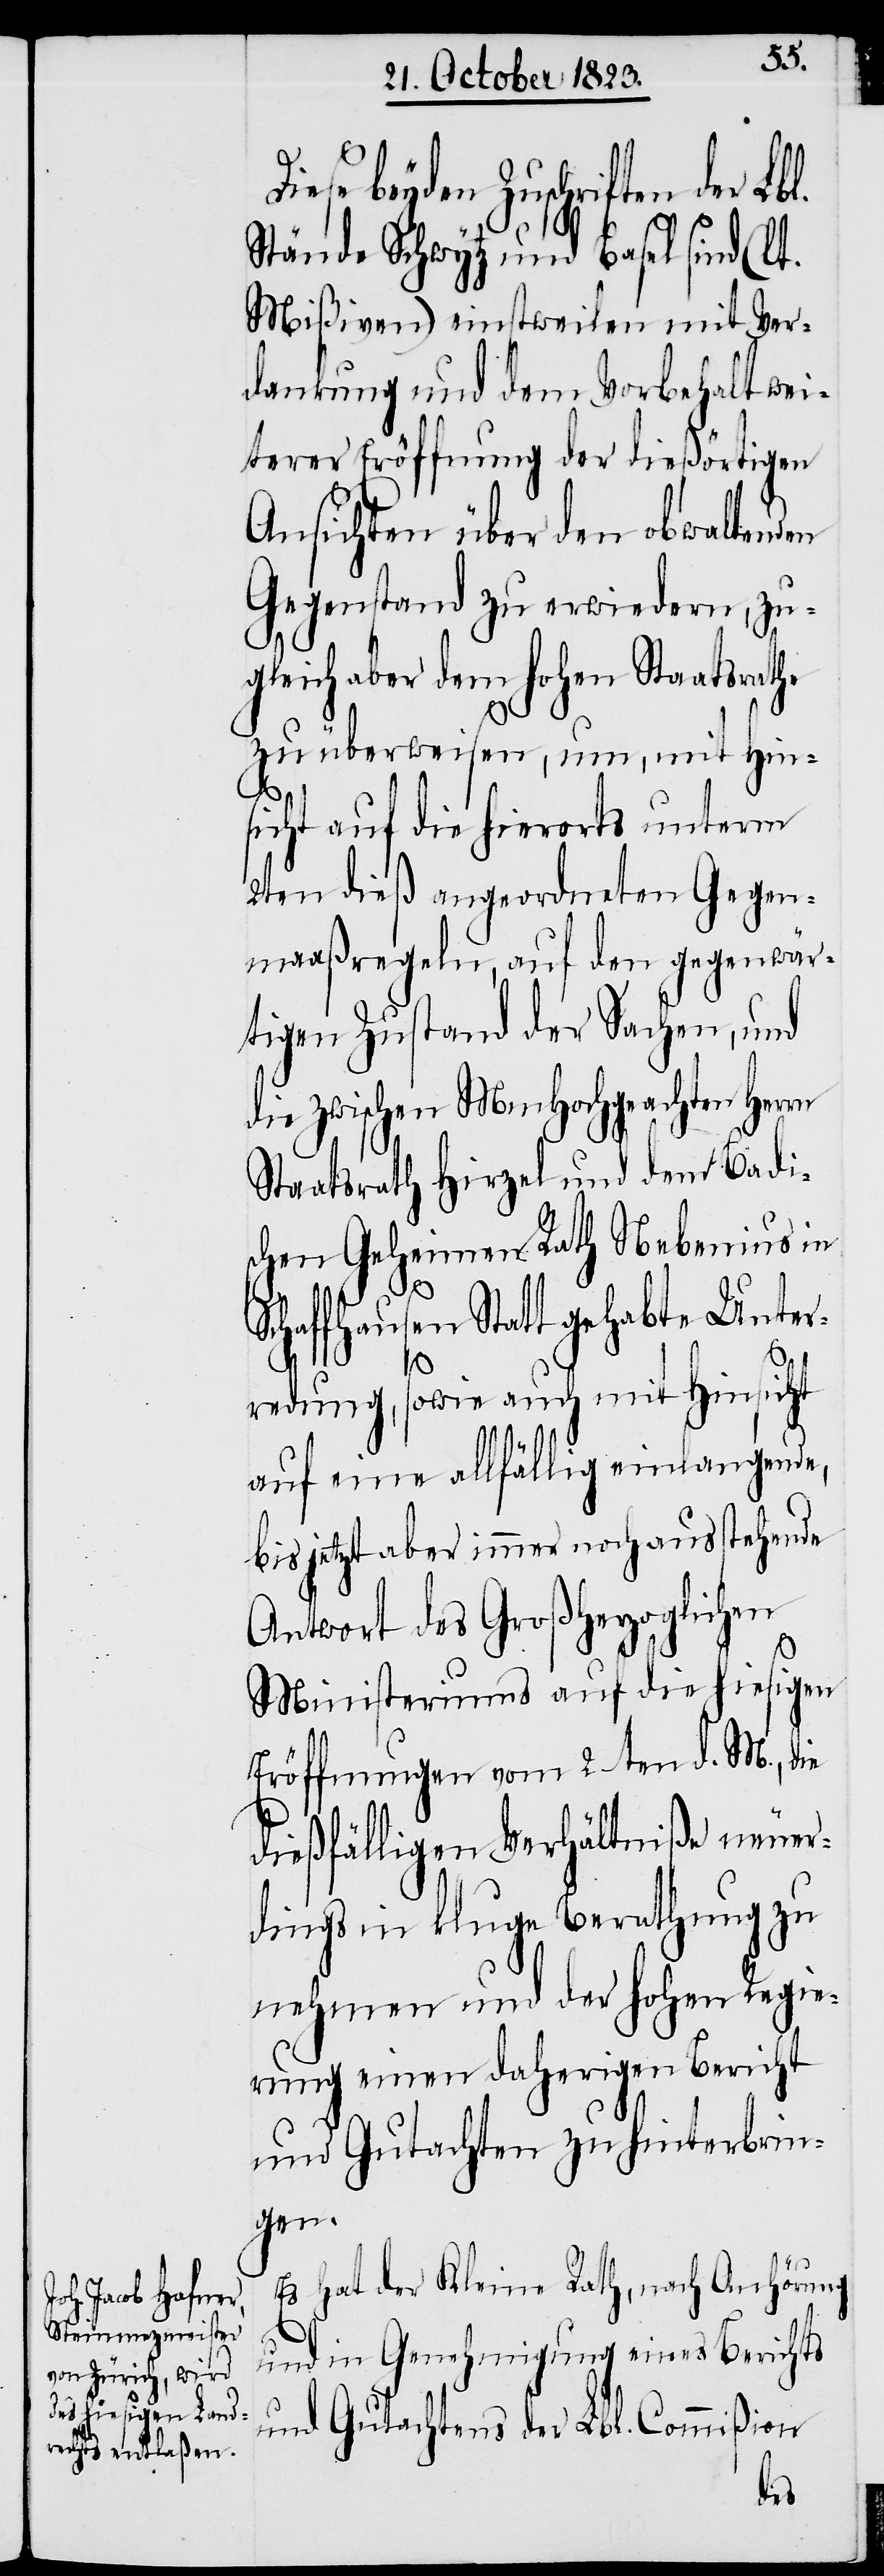
beyden Zuschriften der Lbl.
Stände Schwytz und Basel sind (lt.
Mißiven) einstweilen mit Ver¬
dankung und dem Vorbehalt wei¬
terer Eröffnung der dießörtigen
Ansichten über den obwaltenden
Gegenstand zu erwiedern, zu¬
gleich aber dem hohen Staatsrathe
zu überweisen, um, mit Hin¬
sicht auf die hierorts unterm
2ten dieß angeordneten Gegen¬
maaßregeln, auf den gegenwär¬
tigen Zustand der Sachen, und
die zwischen MmHochgeachten Herrn
Staatsrath Hirzel und dem Badi¬
schen Geheimen Rath Nebenius in
Schaffhausen Statt gehabte Unter¬
redung, sowie auch mit Hinsicht
auf eine allfällig einlangende,
bis jetzt aber immer noch ausstehende
Antwort des Großherzoglichen
Ministeriums auf die hiesigen
Eröffnungen vom 2ten d. M., die
dießfälligen Verhältniße neuer¬
dings in kluge Berathung zu
nehmen und der hohen Regie¬
rung einen daherigen Bericht
und Gutachten zu hinterbrin¬
gen.
Es hat der Kleine Rath, nach Anhörung
und in Genehmigung eines Berichts
und Gutachtens der Lbl. Commißion
Diese